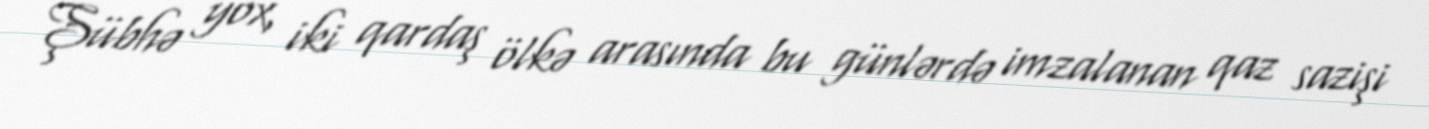
Şübhə yox, iki qardaş ölkə arasında bu günlərdə imzalanan qaz sazişi